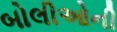
બોલીઓની